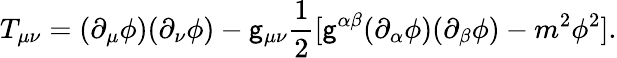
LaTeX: T_{\mu\nu}=(\partial_{\mu}\phi)(\partial_{\nu}\phi)-\mathsf{g}_{\mu\nu}\frac{{1}}{{2}}[\mathsf{g}^{\alpha\beta}(\partial_{\alpha}\phi)(\partial_{\beta}\phi)-m^{2}\phi^{2}].